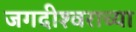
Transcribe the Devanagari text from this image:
जगदीश्‍वराच्या